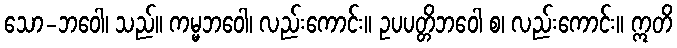
သော-ဘဝေါ၊ သည်။ ကမ္မဘဝေါ၊ လည်းကောင်း။ ဥပပတ္တိဘဝေါ စ၊ လည်းကောင်း။ ဣတိ